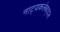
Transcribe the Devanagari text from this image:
नाट्यकलेबद्दल